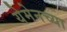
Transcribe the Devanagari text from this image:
येमेनच्या